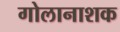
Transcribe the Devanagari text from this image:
गोलानाशक